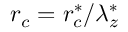
r _ { c } = r _ { c } ^ { \ast } / \lambda _ { z } ^ { \ast }